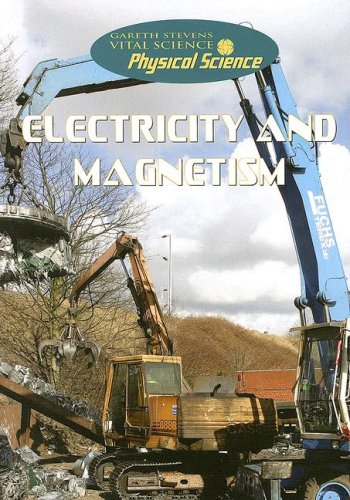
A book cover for Electricity and Magnetism (Gareth Stevens Vital Science: Physical Science); Steve Parker; Children's Books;